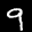
Label: 9